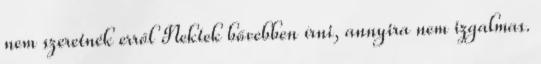
nem szeretnék erről Nektek bővebben írni, annyira nem izgalmas.